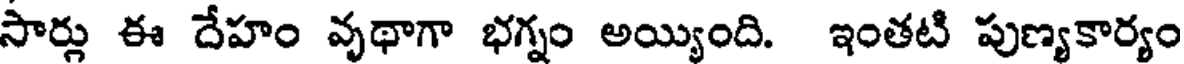
సార్లు ఈ దేహం వృథాగా భగ్నం అయ్యింది. ఇంతటి పుణ్యకార్యం